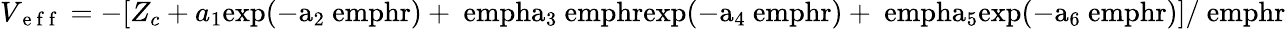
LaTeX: V_{\mathrm{~e~f~f~}}=-[Z_{c}+a_{1}\mathrm{{exp}(-a_{2}\ emph{r})+\ emph{a}_{3}\ emph{r}\mathrm{{exp}(-a_{4}\ emph{r})+\ emph{a}_{5}\mathrm{{exp}(-a_{6}\ emph{r})]/\ emph{r}}}}